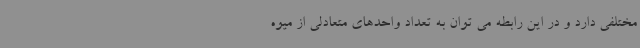
مختلفی دارد و در این رابطه می توان به تعداد واحدهای متعادلی از میوه